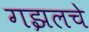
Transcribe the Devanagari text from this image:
गझलचे